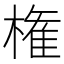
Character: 権